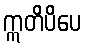
ဣတိပိပေ